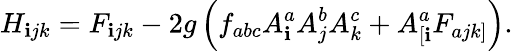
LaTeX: H_{\mathbf{i}jk}=F_{\mathbf{i}jk}-2g\left(f_{abc}A_{\mathbf{i}}^{a}A_{j}^{b}A_{k}^{c}+A_{\left[\mathbf{i}\right.}^{a}F_{a\left.jk\right]}\right).